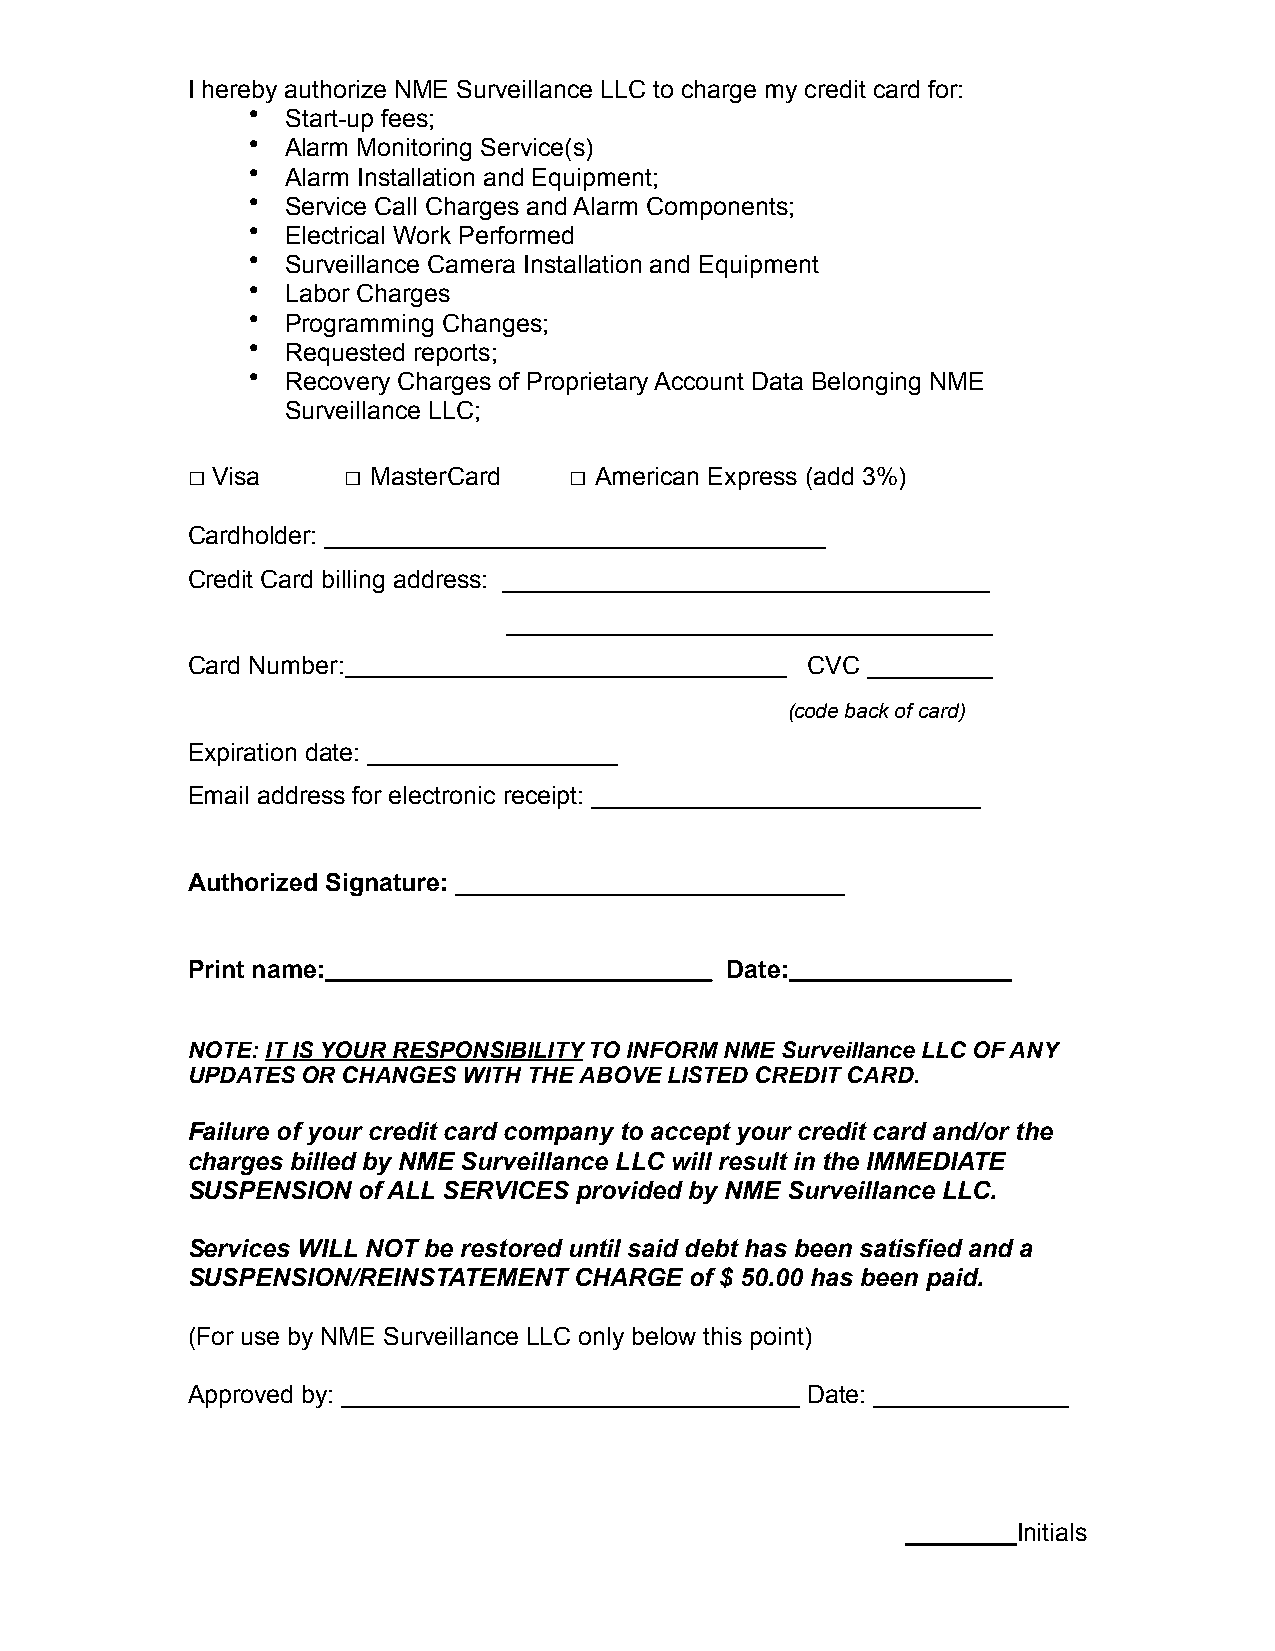
I hereby authorize NME Surveillance LLC to charge my credit card for:
 •  Start-up fees;
 •  Alarm Monitoring Service(s)
 •  Alarm Installation and Equipment;
 •  Service Call Charges and Alarm Components;
 •  Electrical Work Performed
 •  Surveillance Camera Installation and Equipment
 •  Labor Charges
 •  Programming Changes;
 •  Requested reports;
 •  Recovery Charges of Proprietary Account Data Belonging NME
 Surveillance LLC;
 □ Visa     □ MasterCard   □ American Express (add 3%)
 Cardholder: ____________________________________
 Credit Card billing address: ___________________________________
 ___________________________________
 Card Number:                              CVC _________
 (code back of card)
 Expiration date: __________________
 Email address for electronic receipt: ____________________________
 Authorized Signature: ____________________________
 Print name:                         Date:
 NOTE: IT IS YOUR RESPONSIBILITY TO INFORM NME Surveillance LLC OF ANY
 UPDATES OR CHANGES WITH THE ABOVE LISTED CREDIT CARD.
 Failure of your credit card company to accept your credit card and/or the
 charges billed by NME Surveillance LLC will result in the IMMEDIATE
 SUSPENSION  of ALL SERVICES provided by NME Surveillance LLC.
 Services WILL NOT be restored until said debt has been satisfied and a
 SUSPENSION/REINSTATEMENT  CHARGE  of $ 50.00 has been paid.
 (For use by NME Surveillance LLC only below this point)
 Approved by: _________________________________ Date: ______________
 ________Initials